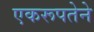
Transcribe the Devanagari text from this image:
एकरूपतेने